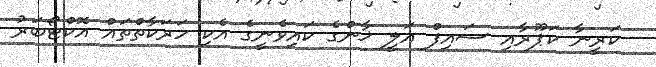
ކަރީނާ ކަޕޫރާއި ސައިފް އަލީ ޚާންގެ ކައިވެނީގެ އެކި ހަރަކާތްތައް އޮކްޓޯބަރު